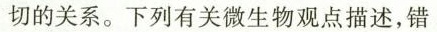
切的关系。下列有关微生物观点描述，错